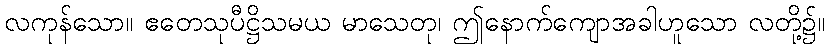
လကုန်သော။ ဧတေသုပီဋ္ဌိသမယ မာသေတု၊ ဤနောက်ကျောအခါဟူသော လတို့၌။